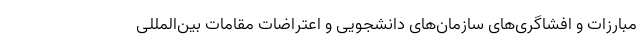
مبارزات و افشاگری‌های سازمان‌های دانشجویی و اعتراضات مقامات بین‌المللی